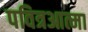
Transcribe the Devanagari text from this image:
पवित्रआत्मा